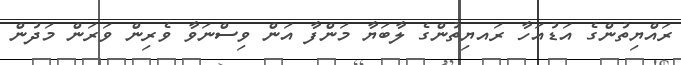
ރައްޔިތުންގެ އަޑުއަހާ ރައޔިތުންގެ ލާބަޔާ މަންފާ އަން ވިސްނަވާ ވެރިން ވަރަން މަދުން